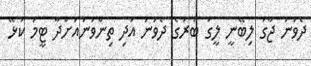
ދެވަނަ ޖާގަ ލިބޭނީ ލީގު ބުރުގެ ދެވަނަ އަދި ތިންވަނައަށްދާ ޓީމު ކުޅޭ